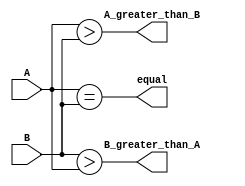
module two_bit_comparator (
    input [1:0] A, B,
    output equal,
    output A_greater_than_B,
    output B_greater_than_A
);

assign equal = (A == B);
assign A_greater_than_B = (A > B);
assign B_greater_than_A = (B > A);

endmodule